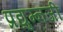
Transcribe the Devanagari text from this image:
प्रद्युम्नजी